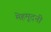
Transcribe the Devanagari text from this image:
मेहमूदनी